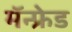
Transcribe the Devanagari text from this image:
मॅन्फ्रेड